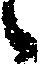
候